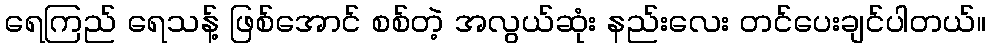
ရေကြည် ရေသန့် ဖြစ်အောင် စစ်တဲ့ အလွယ်ဆုံး နည်းလေး တင်ပေးချင်ပါတယ်။